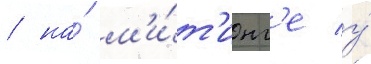
/ на́ м'и́т'инг'е у́